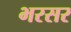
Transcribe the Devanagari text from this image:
भरसर